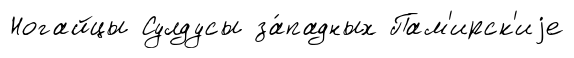
Ногайцы Сулдусы за́падных Пам'ирск'иjе